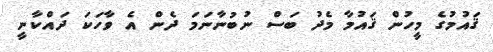
ޤައުމުގެ މީހުން ޤައުމާ މެދު ބަސް ނުބުނާނަމަ ދެން އެ ވާހަކަ ދައްކާނީ